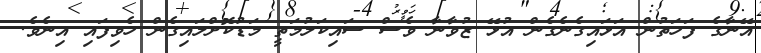
އޭނާގެ ފަހަތުން އަޅައިގެނެގެން އުޅޭ ޒުވާނާ ވެސް ސައިކަލުމަތީ މަޑުކޮށްލައިގެން ހެވިފައި އިނެވެ.